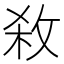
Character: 𭣱